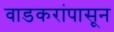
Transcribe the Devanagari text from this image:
वाडकरांपासून